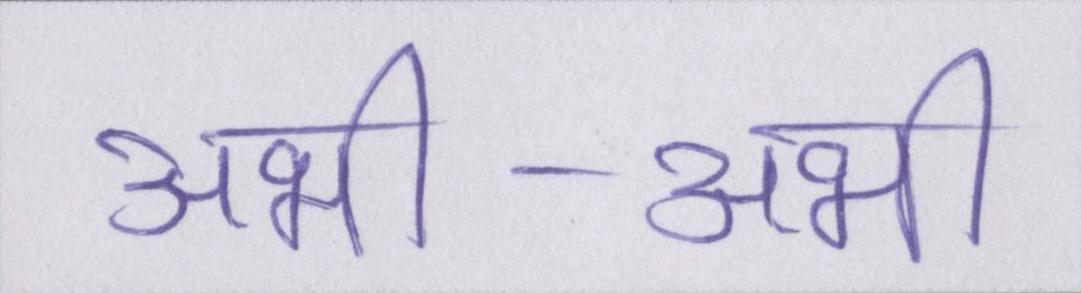
अभी-अभी